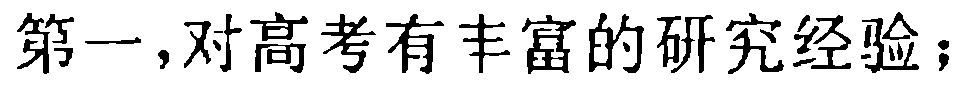
第一，对高考有丰富的研究经验；